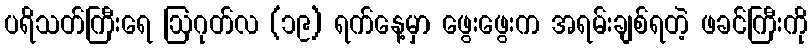
ပရိသတ်ကြီးရေ ဩဂုတ်လ (၁၉) ရက်နေ့မှာ ဖွေးဖွေးက အရမ်းချစ်ရတဲ့ ဖခင်ကြီးကို